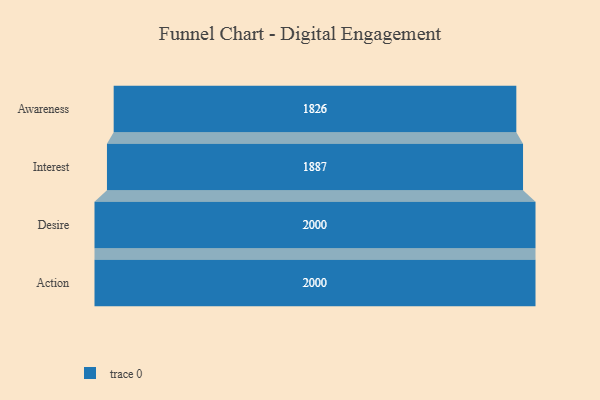
{"axis": {"x": "Stage", "y": "Value"}, "legend": [""], "data": [{"x": "Awareness", "y": 1826.0, "type": ""}, {"x": "Interest", "y": 1887.0, "type": ""}, {"x": "Desire", "y": 2000, "type": ""}, {"x": "Action", "y": 2000, "type": ""}]}